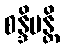
စန္ဒိမန္တိ